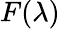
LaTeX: F(\lambda)